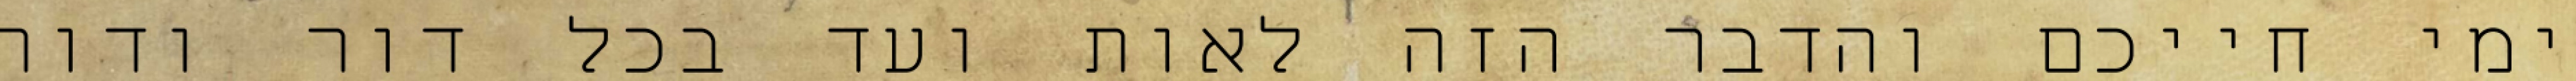
ימי חייכם והדבר הזה לאות ועד בכל דור ודור